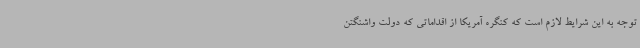
توجه به این شرایط لازم است که کنگره آمریکا از اقداماتی که دولت واشنگتن